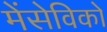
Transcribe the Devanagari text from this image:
मेंसेविको